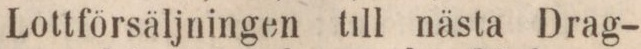
Lottförsäljningen till nästa Drag-